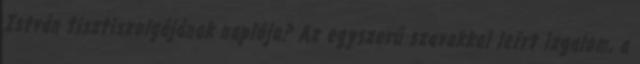
István tisztiszolgájának naplója? Az egyszerű szavakkal leírt izgalom, a